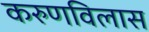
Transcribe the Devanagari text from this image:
करुणविलास